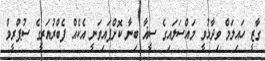
ގާޒީ ހައިލަމް ވިދާޅުވީ މައްސަލައިގެ ސީޣާ ބިނާ ކޮށްފައިވަނީ އެކެއް ފެބްރުއަރީގެ ސުޕްރީމް